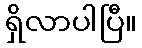
ရှိလာပါပြီ။